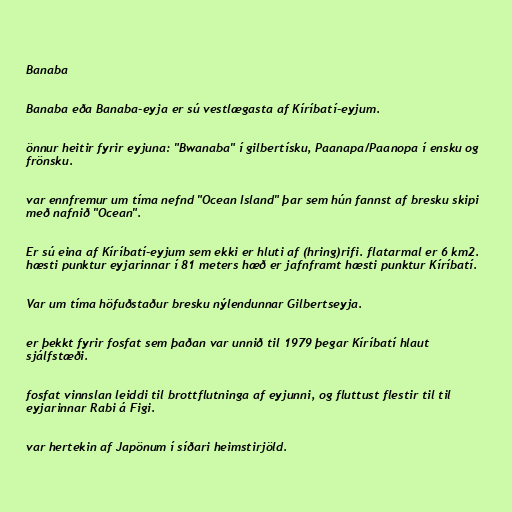
Banaba

Banaba eða Banaba-eyja er sú vestlægasta af Kíríbatí-eyjum.

önnur heitir fyrir eyjuna: "Bwanaba" í gilbertísku, Paanapa/Paanopa í ensku og
frönsku.

var ennfremur um tíma nefnd "Ocean Island" þar sem hún fannst af bresku skipi
með nafnið "Ocean".

Er sú eina af Kíríbatí-eyjum sem ekki er hluti af (hring)rifi. flatarmal er 6 km2.
hæsti punktur eyjarinnar í 81 meters hæð er jafnframt hæsti punktur Kíríbatí.

Var um tíma höfuðstaður bresku nýlendunnar Gilbertseyja.

er þekkt fyrir fosfat sem þaðan var unnið til 1979 þegar Kíríbatí hlaut
sjálfstæði.

fosfat vinnslan leiddi til brottflutninga af eyjunni, og fluttust flestir til til
eyjarinnar Rabi á Figi.

var hertekin af Japönum í síðari heimstirjöld.